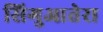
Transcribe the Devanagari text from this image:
सिगुआतेरा